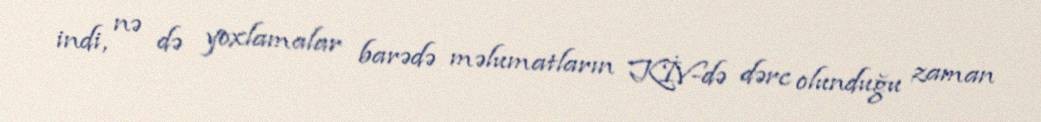
indi, nə də yoxlamalar barədə məlumatların KİV-də dərc olunduğu zaman